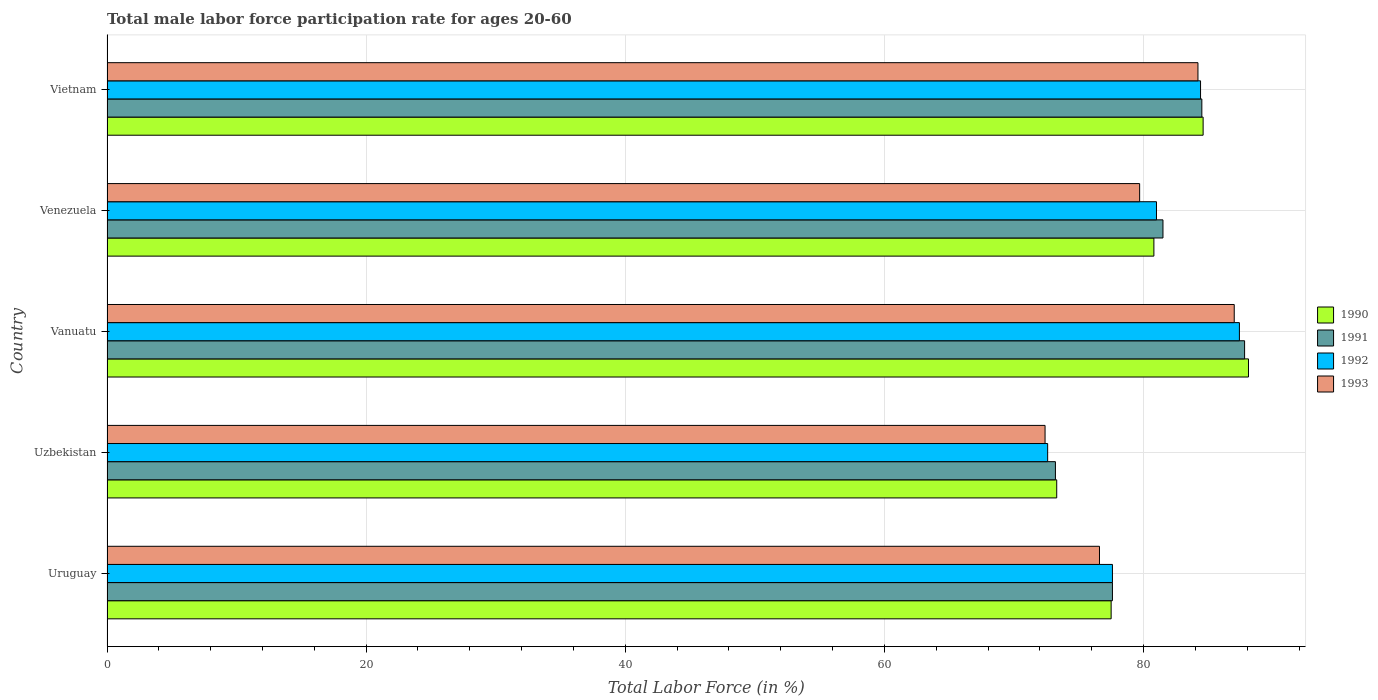
| Country | 1990 | 1991 | 1992 | 1993 |
 | --- | --- | --- | --- | --- |
 | Uruguay | 77.5 | 77.6 | 77.6 | 76.6 |
 | Uzbekistan | 73.3 | 73.2 | 72.6 | 72.4 |
 | Vanuatu | 88.1 | 87.8 | 87.4 | 87 |
 | Venezuela | 80.8 | 81.5 | 81 | 79.7 |
 | Vietnam | 84.6 | 84.5 | 84.4 | 84.2 |